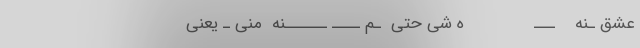
عشق ـنه    ـــ              ه شی حتی  ـم ــــ ــــــنه  منی ـ یعنی